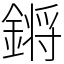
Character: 𨪙